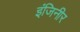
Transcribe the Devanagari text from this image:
इंजिनीर